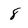
Character: 8